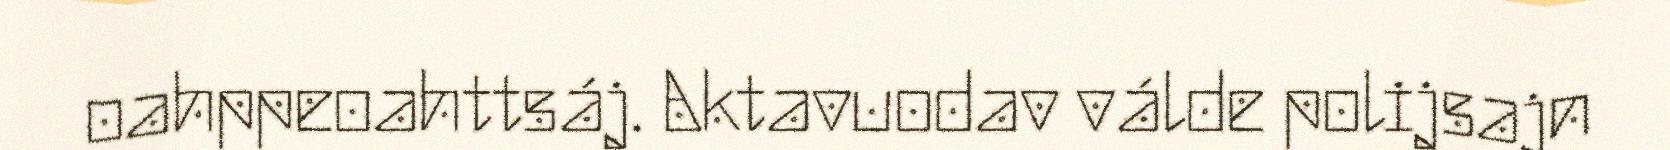
oahppeoahttsáj. Aktavuodav válde polijsajn